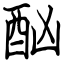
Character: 酗